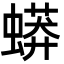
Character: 蟒